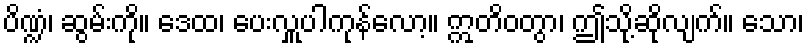
ပိဏ္ဍံ၊ ဆွမ်းကို။ ဒေထ၊ ပေးလှူပါကုန်လော့။ ဣတိဝတွာ၊ ဤသို့ဆိုလျက်။ သော၊